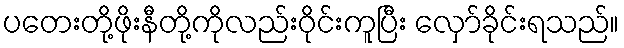
ပတေးတို့ဖိုးနီတို့ကိုလည်းဝိုင်းကူပြီး လှော်ခိုင်းရသည်။